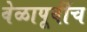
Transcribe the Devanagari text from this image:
वेळापूर्वीच